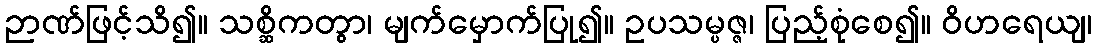
ဉာဏ်ဖြင့်သိ၍။ သစ္ဆိကတွာ၊ မျက်မှောက်ပြု၍။ ဥပသမ္ပဇ္ဇ၊ ပြည့်စုံစေ၍။ ဝိဟရေယျ၊